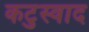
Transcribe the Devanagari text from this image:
कटुस्वाद